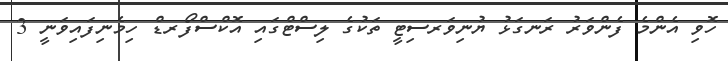
ހޮވި އެންމެ ފެންވަރު ރަނގަޅު ޔުނިވަރސިޓީ ތަކުގެ ލިސްޓްގައި އޮކްސްފޯރޑް ހިމެނިފައިވަނީ 3